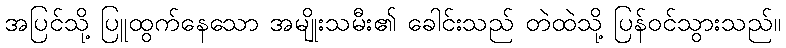
အပြင်သို့ ပြူထွက်နေသော အမျိုးသမီး၏ ခေါင်းသည် တဲထဲသို့ ပြန်ဝင်သွားသည်။